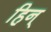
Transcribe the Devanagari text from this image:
हिन्